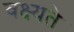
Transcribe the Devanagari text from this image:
वक्ष्यते